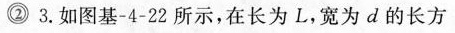
②3.如图基-4-22所示，在长为L，宽为d的长方